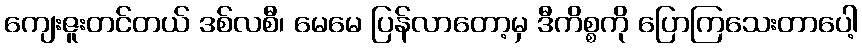
ကျေးဇူးတင်တယ် ဒစ်လစီ၊ မေမေ ပြန်လာတော့မှ ဒီကိစ္စကို ပြောကြသေးတာပေါ့